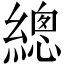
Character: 總